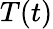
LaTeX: T(t)